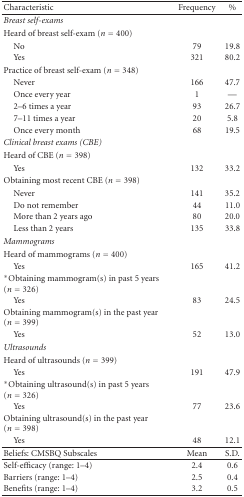
| Characteristic | Frequency | % |
 | --- | --- | --- |
 | Breast self-exams |  |  |
 | Heard of breast self-exam (n = 400) |  |  |
 | No | 79 | 19.8 |
 | Yes | 321 | 80.2 |
 | Practice of breast self-exam (n = 348) |  |  |
 | Never | 166 | 47.7 |
 | Once every year | 1 | — |
 | 2–6 times a year | 93 | 26.7 |
 | 7–11 times a year | 20 | 5.8 |
 | Once every month | 68 | 19.5 |
 | Clinical breast exams (CBE) |  |  |
 | Heard of CBE (n = 398) |  |  |
 | Yes | 132 | 33.2 |
 | <COLSPAN=2> Obtaining most recent CBE (n = 398) |  |
 | Never | 141 | 35.2 |
 | Do not remember | 44 | 11.0 |
 | More than 2 years ago | 80 | 20.0 |
 | Less than 2 years | 135 | 33.8 |
 | Mammograms |  |  |
 | Heard of mammograms (n = 400) |  |  |
 | Yes | 165 | 41.2 |
 | *Obtaining mammogram(s) in past 5 years (n = 326) |  |  |
 | Yes | 83 | 24.5 |
 | Obtaining mammogram(s) in the past year (n = 399) |  |  |
 | Yes | 52 | 13.0 |
 | Ultrasounds |  |  |
 | Heard of ultrasounds (n = 399) |  |  |
 | Yes | 191 | 47.9 |
 | *Obtaining ultrasound(s) in past 5 years (n = 326) |  |  |
 | Yes | 77 | 23.6 |
 | Obtaining ultrasound(s) in the past year (n = 398) |  |  |
 | Yes | 48 | 12.1 |
 | Beliefs: CMSBQ Subscales | Mean | S.D. |
 | Self-efficacy (range: 1–4) | 2.4 | 0.6 |
 | Barriers (range: 1–4) | 2.5 | 0.4 |
 | Benefits (range: 1–4) | 3.2 | 0.5 |